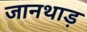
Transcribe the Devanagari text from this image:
जानथाड़